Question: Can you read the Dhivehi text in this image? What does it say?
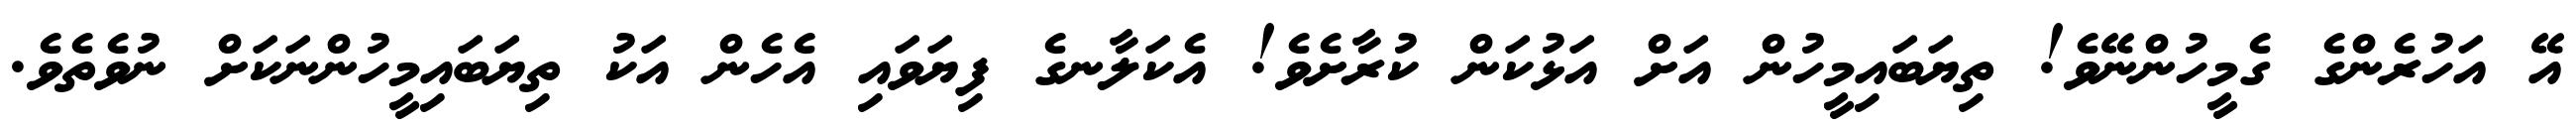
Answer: އޭ އަހުރެންގެ ގެމީހުންނޭވެ! ތިޔަބައިމީހުން އަށް އަޅުކަން ކުރާށެވެ! އެކަލާނގެ ފިޔަވައި އެހެން އަކު ތިޔަބައިމީހުންނަކަށް ނުވެތެވެ.